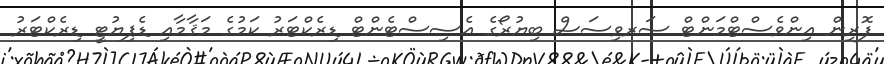
ފޮރިން އިންވެސްޓްމަންޓް ސަރވިސަސް ބިޔުރޯގެ އެސިސްޓެންޓް ޑިރެކްޓަރު ކަމުގެ މަޤާމާއި ޑެޕިޔުޓީ ޑިރެކްޓަރު